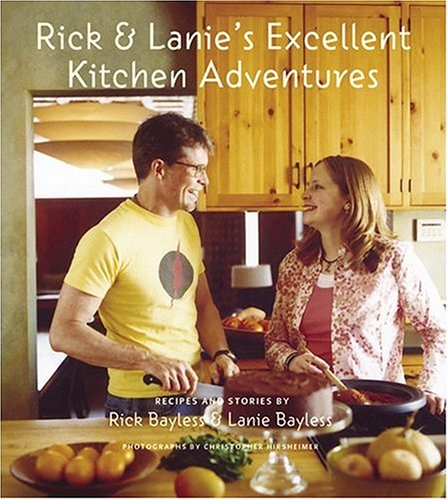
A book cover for Rick and Lanie's Excellent Kitchen Adventures: Recipes and Stories; Rick Bayless; Teen & Young Adult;